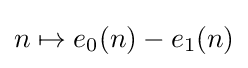
n\mapsto e_{0}(n)-e_{1}(n)